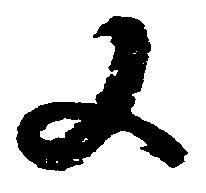
又